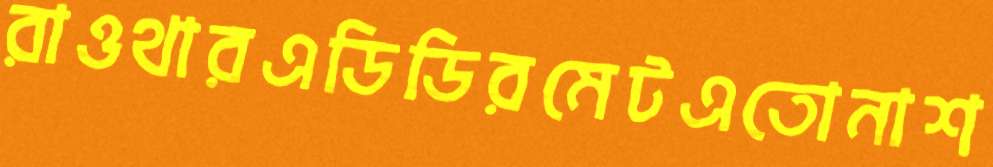
রাওথারএডিডিরমেটএতোনাশ